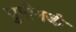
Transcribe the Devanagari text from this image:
मुनीमजी